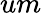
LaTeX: um